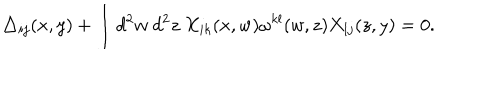
LaTeX: \triangle _ { i j } ( x , y ) + \int d ^ { 2 } w ~ d ^ { 2 } z ~ X _ { i k } ( x , w ) \omega ^ { k l } ( w , z ) X _ { l j } ( z , y ) = 0 .